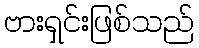
ဗားရှင်းဖြစ်သည်